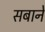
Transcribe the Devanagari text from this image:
सबाने